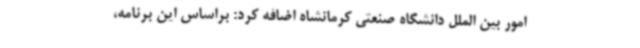
امور بین الملل دانشگاه صنعتی کرمانشاه اضافه کرد: براساس این برنامه،